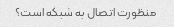
منظورت اتصال به شبکه است؟